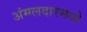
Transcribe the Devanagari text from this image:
अंमलदारमध्ये